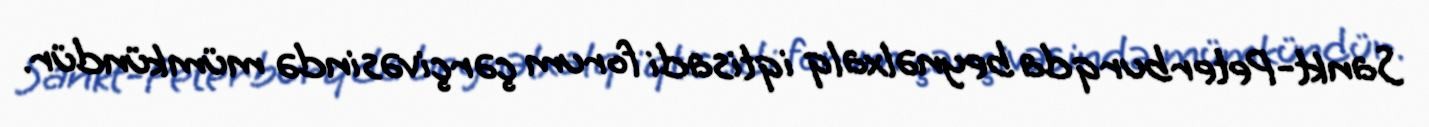
Sankt-Peterburqda beynəlxalq iqtisadi forum çərçivəsində mümkündür.